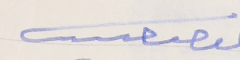
ىوسف حىىب